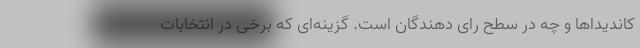
کاندیداها و چه در سطح رای دهندگان است. گزینه‌ای که برخی در انتخابات